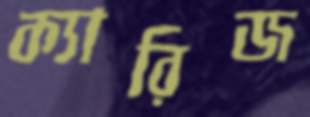
ক্যারিজ